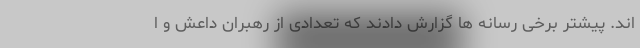
اند. پیشتر برخی رسانه ها گزارش دادند که تعدادی از رهبران داعش و ا